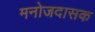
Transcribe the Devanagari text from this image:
मनोजदासक